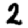
Digit: 2